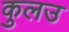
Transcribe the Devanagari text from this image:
कुलउ